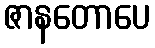
ဇာနတောပေ